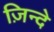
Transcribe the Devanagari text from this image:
ज़िन्दे